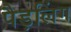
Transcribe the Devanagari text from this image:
पैड़लिंग